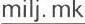
milj. mk